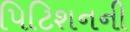
પિટિશનની